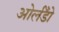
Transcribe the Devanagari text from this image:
ओर्लँडो